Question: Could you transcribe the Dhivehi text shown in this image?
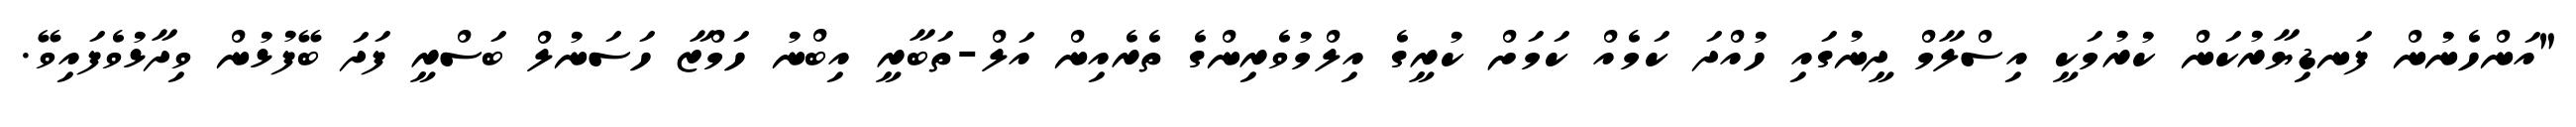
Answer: "އަންހެނުން ފަނޑިޔާރުކަން ކުރުމަކީ އިސްލާމް ދީނުގައި ހުއްދަ ކަމެއް ކަމަށް ކުރީގެ އިލްމުވެރިންގެ ތެރެއިން އަލް-ތަބާރީ އިބްނު ހަމްޒާ ހަސަނުލް ބަސްރީ ފަދަ ބޭފުޅުން ވިދާޅުވެފައިވޭ.